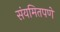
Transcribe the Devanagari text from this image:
संयमितपणे